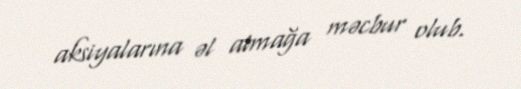
aksiyalarına əl atmağa məcbur olub.